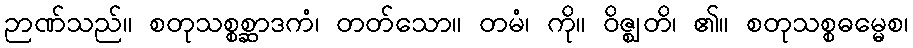
ဉာဏ်သည်။ စတုသစ္စစ္ဆာဒကံ၊ တတ်သော။ တမံ၊ ကို။ ဝိဇ္ဈတိ၊ ၏။ စတုသစ္စဓမ္မေစ၊